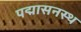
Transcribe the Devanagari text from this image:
पद्मासनस्थ